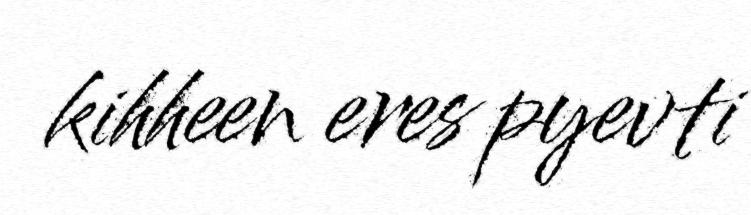
kihheen eres pyevti